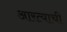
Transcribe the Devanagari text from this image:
आरत्याची